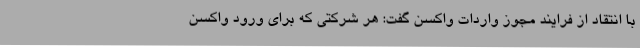
با انتقاد از فرایند مجوز واردات واکسن گفت: هر شرکتی که برای ورود واکسن